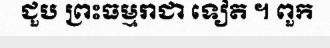
ជួប ព្រះធម្មរាជា ទៀត ។ ពួក